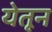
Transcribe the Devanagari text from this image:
येतून